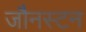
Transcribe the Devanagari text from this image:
जौनस्टन